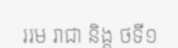
ររម រាជា និង្ត ថទី១